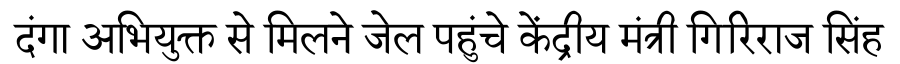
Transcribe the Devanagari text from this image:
दंगा अभियुक्त से मिलने जेल पहुंचे केंद्रीय मंत्री गिरिराज सिंह